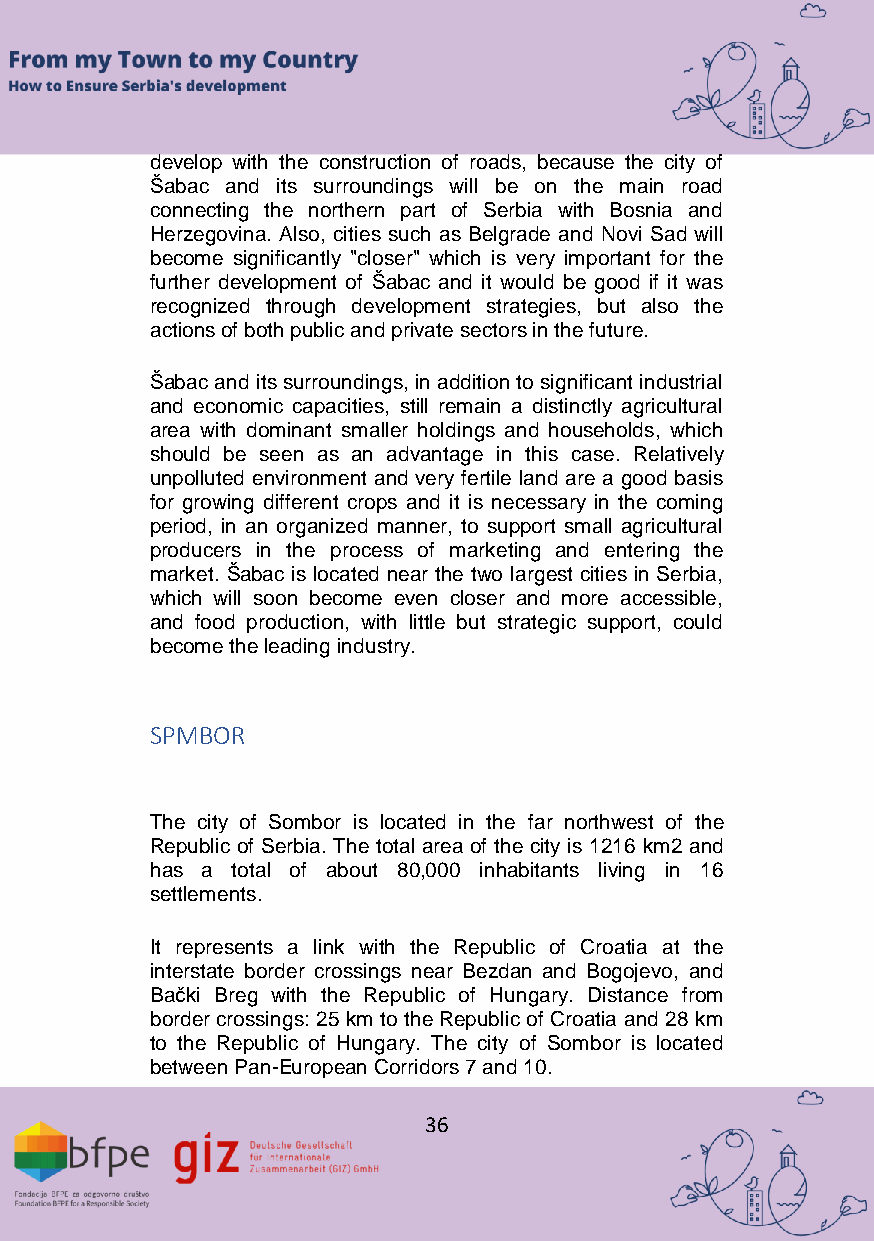
develop with the construction of roads, because the city of
 Šabac and its surroundings will be on the main road
 connecting the northern part of Serbia with Bosnia and
 Herzegovina. Also, cities such as Belgrade and Novi Sad will
 become significantly "closer" which is very important for the
 further development of Šabac and it would be good if it was
 recognized through development strategies, but also the
 actions of both public and private sectors in the future.
 Šabac and its surroundings, in addition to significant industrial
 and economic capacities, still remain a distinctly agricultural
 area with dominant smaller holdings and households, which
 should be seen as an advantage in this case. Relatively
 unpolluted environment and very fertile land are a good basis
 for growing different crops and it is necessary in the coming
 period, in an organized manner, to support small agricultural
 producers in the process of marketing and entering the
 market. Šabac is located near the two largest cities in Serbia,
 which will soon become even closer and more accessible,
 and food production, with little but strategic support, could
 become the leading industry.
 SPMBOR
 The city of Sombor is located in the far northwest of the
 Republic of Serbia. The total area of the city is 1216 km2 and
 has a total of about 80,000 inhabitants living in 16
 settlements.
 It represents a link with the Republic of Croatia at the
 interstate border crossings near Bezdan and Bogojevo, and
 Bački Breg with the Republic of Hungary. Distance from
 border crossings: 25 km to the Republic of Croatia and 28 km
 to the Republic of Hungary. The city of Sombor is located
 between Pan-European Corridors 7 and 10.
 36